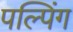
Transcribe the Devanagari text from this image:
पल्पिंग